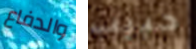
والدفاع حبيب